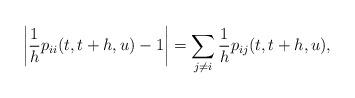
LaTeX: \begin{align*} \left|\frac{1}{h}p_{ii}(t,t+h,u)-1\right| &= \sum_{j\neq i} \frac{1}{h}p_{ij}(t,t+h,u),\end{align*}